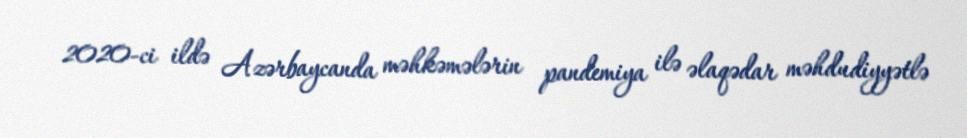
2020-ci ildə Azərbaycanda məhkəmələrin pandemiya ilə əlaqədar məhdudiyyətlə